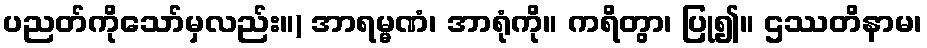
ပညတ်ကိုသော်မှလည်း။) အာရမ္မဏံ၊ အာရုံကို။ ကရိတွာ၊ ပြု၍။ ဌဿတိနာမ၊